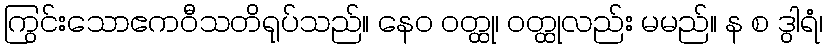
ကြွင်းသောဧကဝီသတိရုပ်သည်။ နေဝ ဝတ္ထု၊ ဝတ္ထုလည်း မမည်။ န စ ဒွါရံ၊